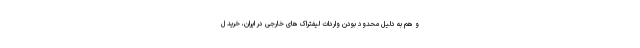
و هم به دلیل محدود بودن واردات لیفتراک های خارجی در ایران، خرید ل